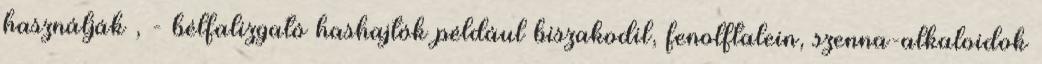
használják , - bélfalizgató hashajtók például biszakodil, fenolftalein, szenna-alkaloidok